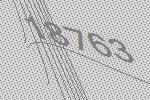
18763